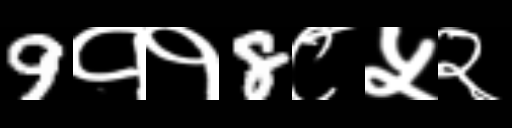
Text: 9११8८५२